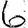
Digit: 6